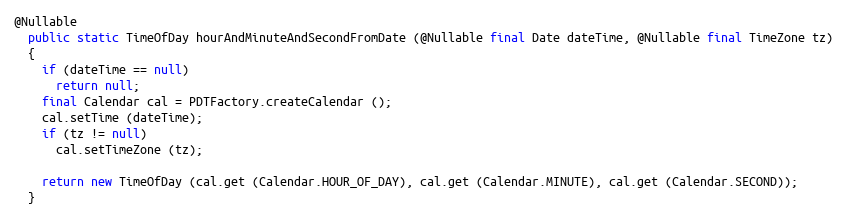
Language: Java
@Nullable
  public static TimeOfDay hourAndMinuteAndSecondFromDate (@Nullable final Date dateTime, @Nullable final TimeZone tz)
  {
    if (dateTime == null)
      return null;
    final Calendar cal = PDTFactory.createCalendar ();
    cal.setTime (dateTime);
    if (tz != null)
      cal.setTimeZone (tz);

    return new TimeOfDay (cal.get (Calendar.HOUR_OF_DAY), cal.get (Calendar.MINUTE), cal.get (Calendar.SECOND));
  }